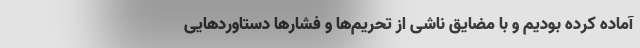
آماده کرده بودیم و با مضایق ناشی از تحریم‌ها و فشار‌ها دستاورد‌هایی